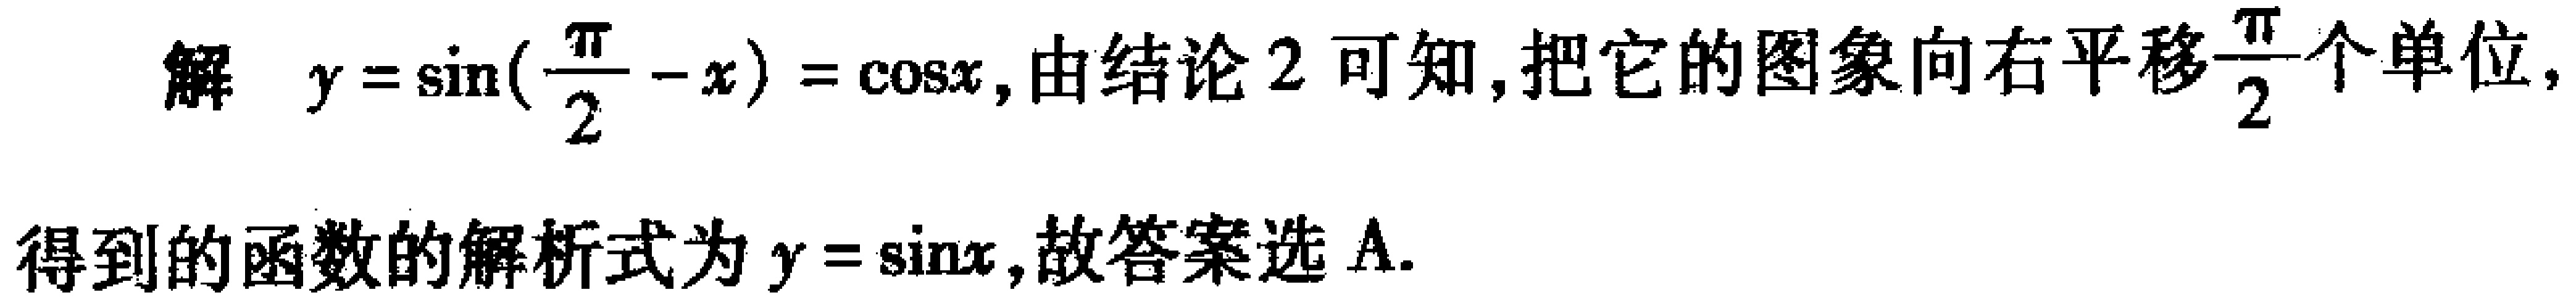
解 \(y = \sin(\frac{\pi}{2} - x)=\cos x\), 由结论 2 可知, 把它的图象向右平移\(\frac{\pi}{2}\)个单位, 得到的函数的解析式为 \(y = \sin x\), 故答案选 A.